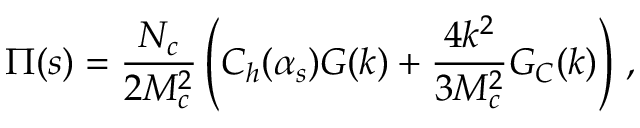
\Pi ( s ) = \frac { N _ { c } } { 2 M _ { c } ^ { 2 } } \left( C _ { h } ( \alpha _ { s } ) G ( k ) + \frac { 4 k ^ { 2 } } { 3 M _ { c } ^ { 2 } } G _ { C } ( k ) \right) \, ,